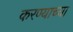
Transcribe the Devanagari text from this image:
करण्‍याच्‍या